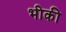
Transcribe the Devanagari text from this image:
भीकी